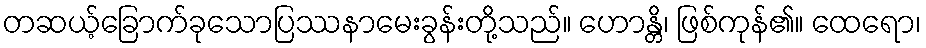
တဆယ့်ခြောက်ခုသောပြဿနာမေးခွန်းတို့သည်။ ဟောန္တိ၊ ဖြစ်ကုန်၏။ ထေရော၊